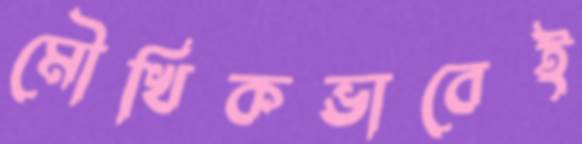
মৌখিকভাবেই